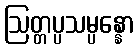
ဩတ္တပ္ပသမ္ပန္နော